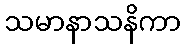
သမာနာသနိကာ